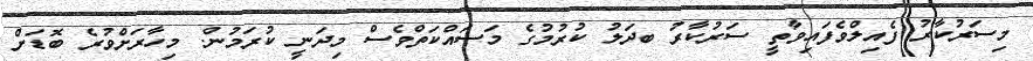
މިސަރުކާރު ފެއިލްވެފައިވާތީ ސަރުކާރު ބދަލު ކުރުމުގެ މަސައްކަތްވެސް މިދަނީ ކުރަމުން. މިހާރަށްވުރެ ބޮޑަށް